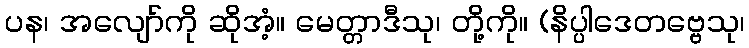
ပန၊ အလျော်ကို ဆိုအံ့။ မေတ္တာဒီသု၊ တို့ကို။ (နိပ္ပါဒေတဗ္ဗေသု၊